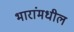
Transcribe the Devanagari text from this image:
भारांमधील